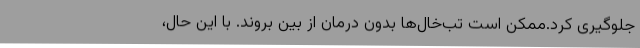
جلوگیری کرد.ممکن است تب‌خال‌ها بدون درمان از بین بروند. با این حال،